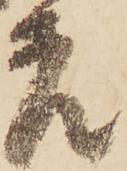
老